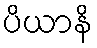
ပိယာနိ